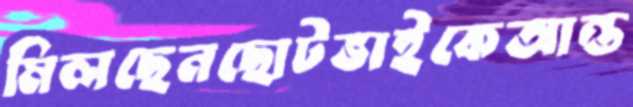
মিলছেনছোটভাইকেআন্ত